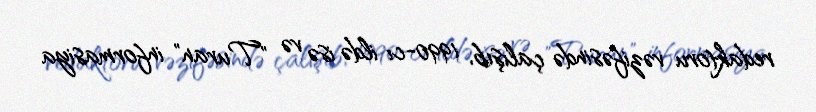
redaktoru vəzifəsində çalışıb, 1990-cı ildə isə və "Turan" informasiya